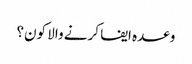
وعدہ ایفا کرنے والا کون؟